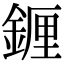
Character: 𬫭